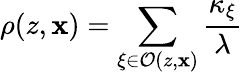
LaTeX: \rho(z,\mathbf{x})=\sum_{\xi\in\mathcal{{O}}(z,\mathbf{x})}\frac{{\kappa_{\xi}}}{{\lambda}}